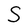
Character: S